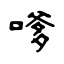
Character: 嗲